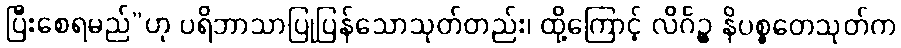
ပြီးစေရမည်”ဟု ပရိဘာသာပြုပြန်သောသုတ်တည်း၊ ထို့ကြောင့် လိင်္ဂဉ္စ နိပစ္စတေသုတ်က